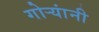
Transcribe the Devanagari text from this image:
गोर्‍यांनी